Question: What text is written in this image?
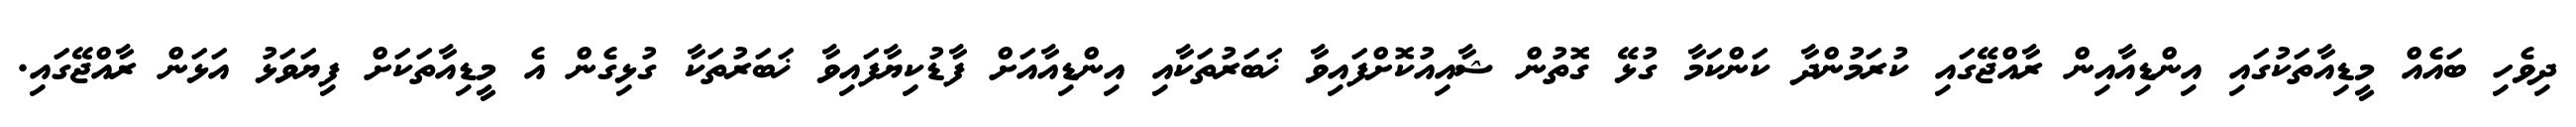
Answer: ދިވެހި ބައެއް މީޑިއާތަކުގައި އިންޑިއާއިން ރާއްޖޭގައި ކުރަމުންދާ ކަންކަމާ ގުޅޭ ގޮތުން ޝާއިއުކޮށްފައިވާ ޚަބަރުތަކާއި އިންޑިއާއަށް ފާޑުކިޔާފައިވާ ޚަބަރުތަކާ ގުޅިގެން އެ މީޑިއާތަކަށް ފިޔަވަޅު އަޅަން ރާއްޖޭގައި.